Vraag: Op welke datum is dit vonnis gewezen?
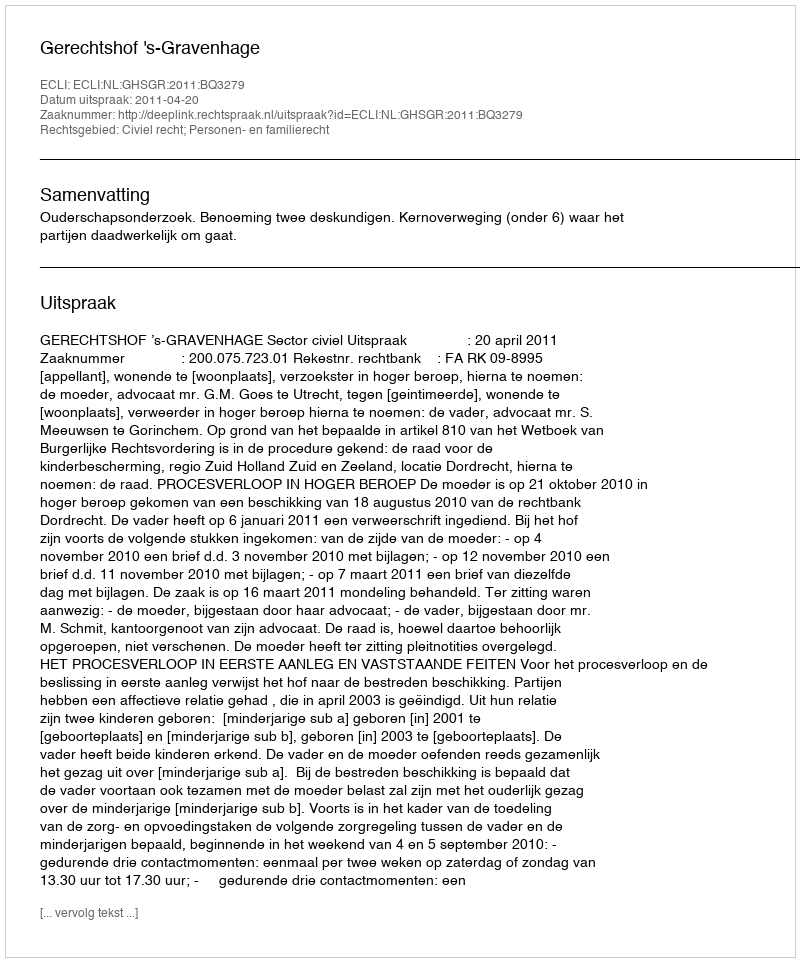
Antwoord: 2011-04-20